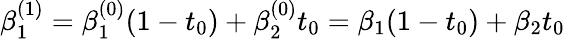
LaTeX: \beta_{1}^{(1)}=\beta_{1}^{(0)}(1-t_{0})+\beta_{2}^{(0)}t_{0}=\beta_{1}(1-t_{0})+\beta_{2}t_{0}